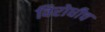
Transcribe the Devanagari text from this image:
विरोधीच